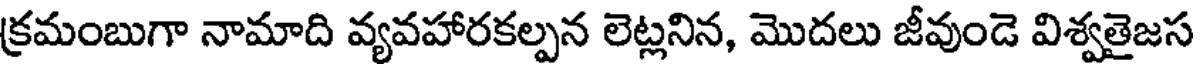
క్రమంబుగా నామాది వ్యవహారకల్పన లెట్లనిన, మొదలు జీవుండె విశ్వతైజస